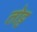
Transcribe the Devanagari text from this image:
तोट्ट